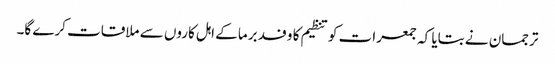
ترجمان نے بتایا کہ جمعرات کو تنظیم کا وفد برما کے اہل کاروں سے ملاقات کرے گا۔